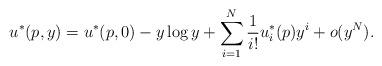
LaTeX: \begin{align*}u^*(p,y) = u^*(p,0) - y\log y + \sum_{i=1}^N \frac{1}{i!}u^*_i(p)y^i + o(y^N).\end{align*}